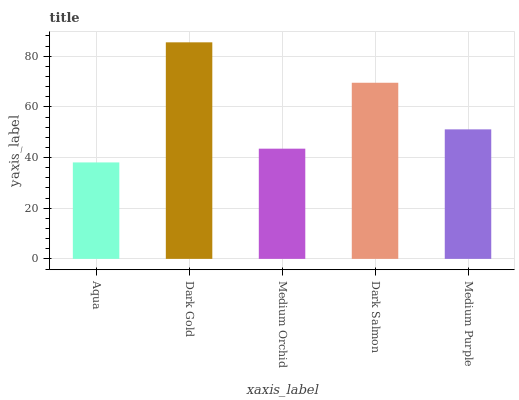
| xaxis_label | bars |
 | --- | --- |
 | Aqua | 38.1 |
 | Dark Gold | 85.5 |
 | Medium Orchid | 43.5 |
 | Dark Salmon | 69.5 |
 | Medium Purple | 51.1 |